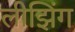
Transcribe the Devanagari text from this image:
लीझिंग